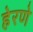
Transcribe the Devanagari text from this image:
हेरणे